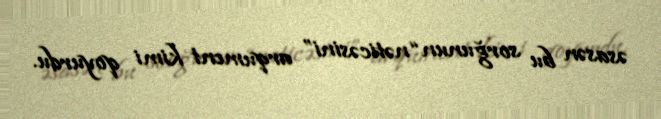
əsasən bu sorğunun “nəticəsini” arqument kimi qoyurdu.